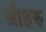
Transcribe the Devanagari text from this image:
श्रीहरु